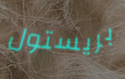
بريستول